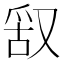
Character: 𠭖